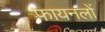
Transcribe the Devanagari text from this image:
फायनलों